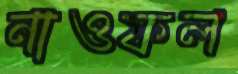
নাওফল